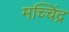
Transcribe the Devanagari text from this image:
मच्चिंद्र